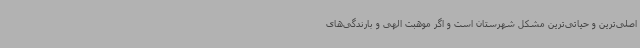
اصلی‌ترین و حیاتی‌ترین مشکل شهرستان است و اگر موهبت الهی و بارندگی‌های